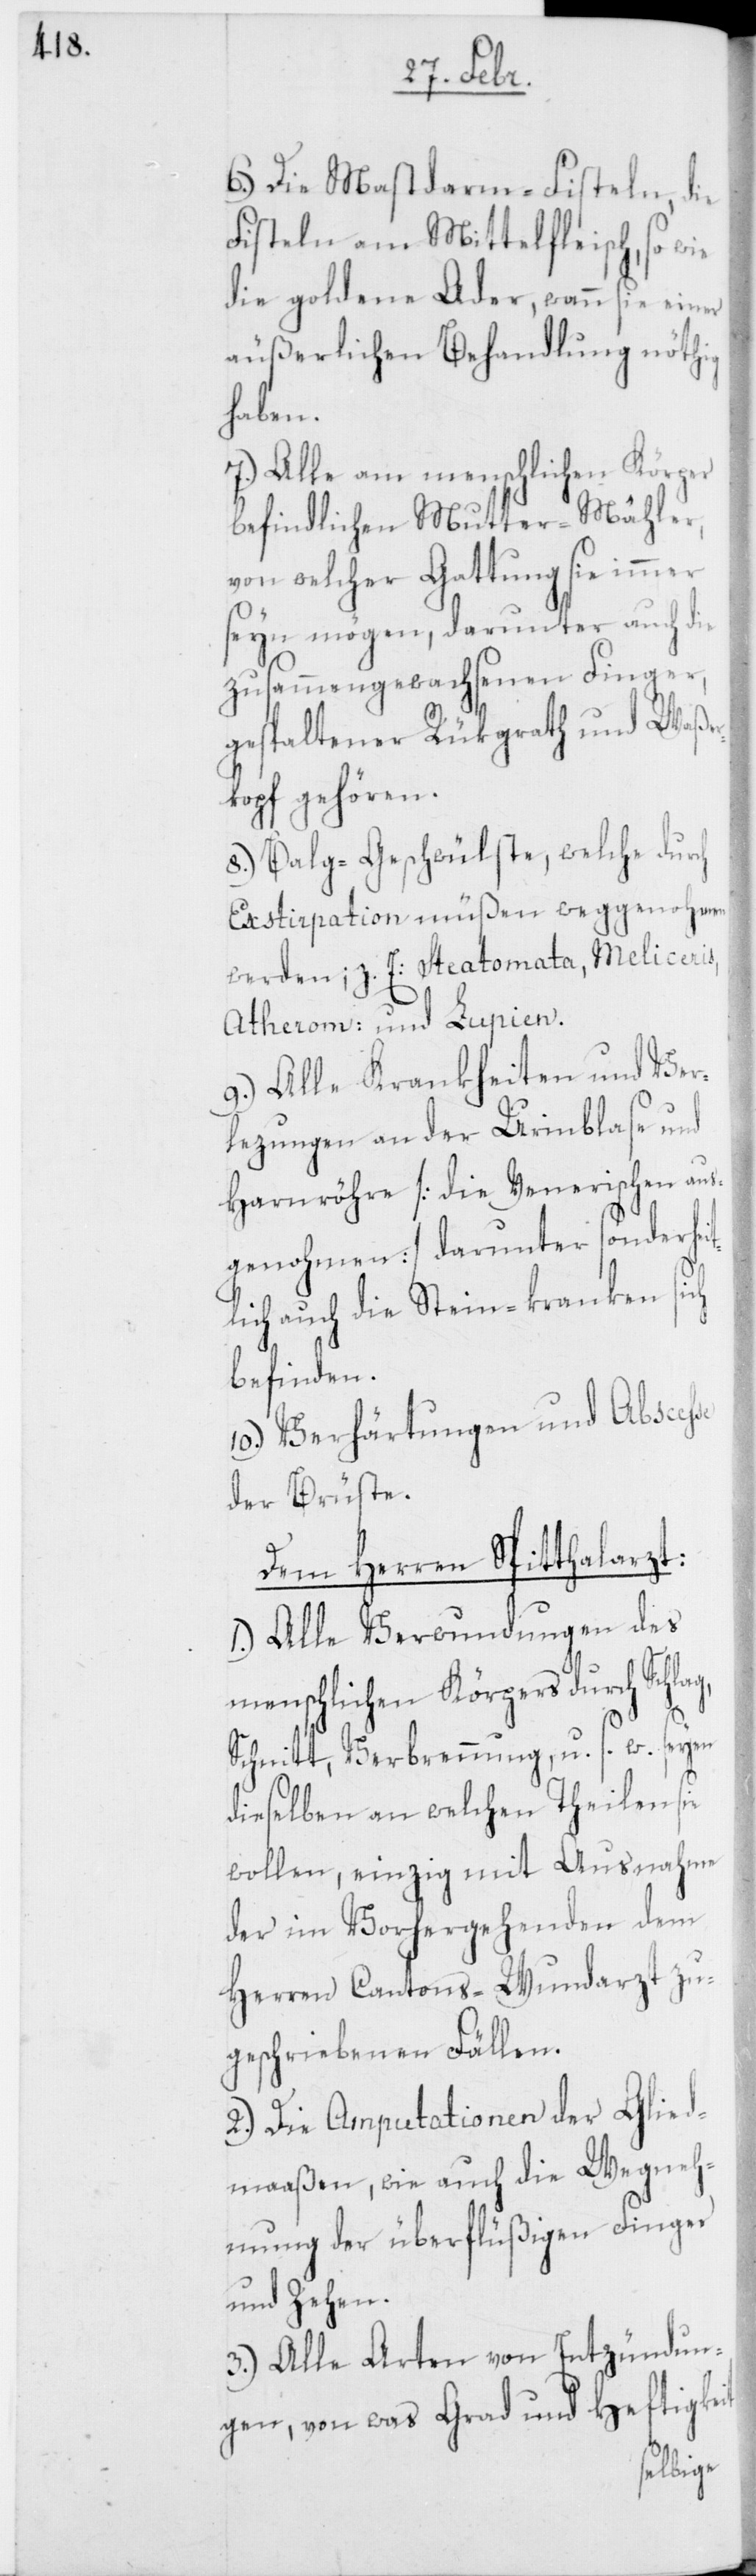
6.) Die Mastdarm-Fisteln, die
Fisteln am Mittelfleisch, so wie
die goldene Ader, wann sie einer
äußerlichen Behandlung nöthig
haben.
7.) Alle am menschlichen Körper
befindlichen Mutter-Mähler,
von welcher Gattung sie immer
seyn mögen, darunter auch die
zusammengewachsenen Finger,
gespaltener Rückgrath und Waße¬
rkopf gehören.
8.) Balg-Geschwülste, welche durch
Exstirpation müßen weggenohmen
werden; z. E: Steatomata, Meliceris,
Atherom: und Lupien.
9.) Alle Krankheiten und Ver¬
lezungen an der Urinblase und
Harnröhre [die Venerischen aus¬
genohmen] darunter sonderheit¬
lich auch die Steinkranken sich
befinden.
10.) Verhärtungen und Abscesse
der Brüste.
Dem Herren Spitthalarzt:
1.) Alle Verwundungen des
menschlichen Körpers durch Schlag,
Schnitt, Verbrennung, u. s. w. seyen
dieselben an welchen Theilen sie
wollen, einzig mit Ausnahme
der im Vorhergehenden dem
Herren Cantons-Wundarzt zu¬
geschriebenen Fällen.
2.) Die Amputationen der Glied¬
maaßen, wie auch die Wegneh¬
mung der überflüßigen Finger
und Zehen.
3.) Alle Arten von Entzündun¬
gen, von was Grad und Heftigkeit